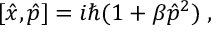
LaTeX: [ \hat { x } , \hat { p } ] = i \hbar ( 1 + \beta \hat { p } ^ { 2 } ) \; ,